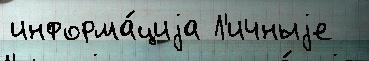
информа́циjа Л'ичныjе